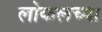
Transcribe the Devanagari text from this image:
लोकलच्या